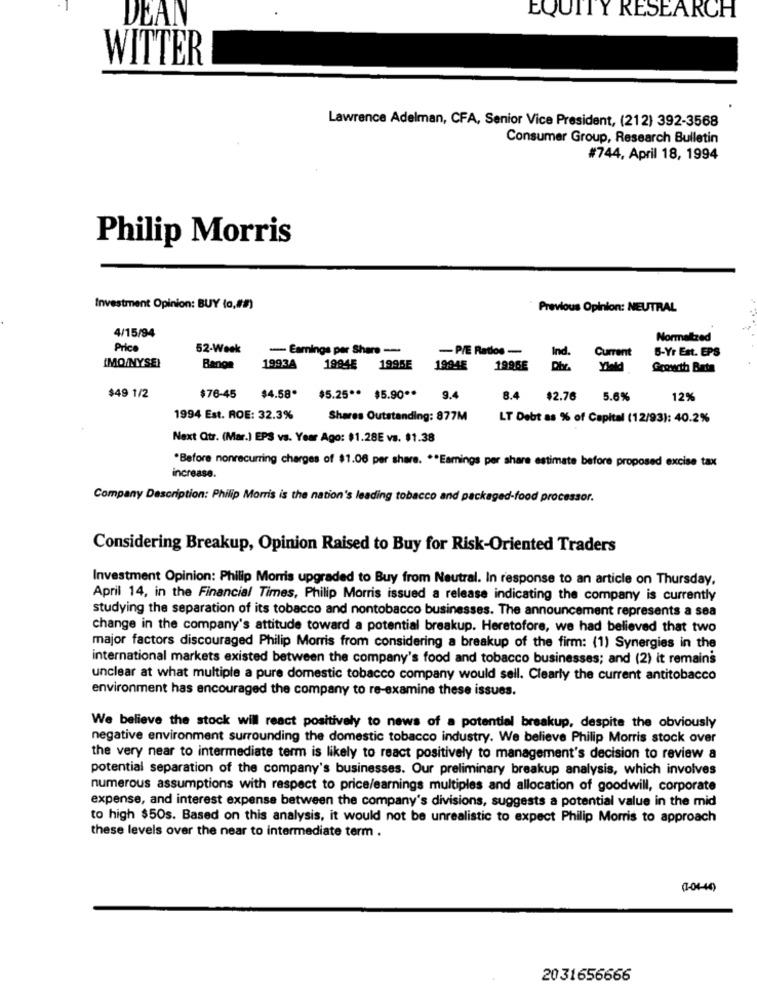
EQUITY RESEARCH
DEAN
WITTER
Lawrence Adelman, CFA, Senior Vice President, (212) 392-3568
Consumer Group, Research Bulletin
#744, April 18, 1994
Philip Morris
Investment Opinion: BUY (o,##)
Previous Opinion: NEUTRAL
4/15/94
Normaltzed
Price
52-Week
- Earnings per Share -
-P/E Ratlos -
Ind.
Current
5-Yr Est. EPS
1993A
(MO/NYSE)
Banon
1994E
1995E
1994E
1995E
u.
Growth Bate
$49 1/2
$76-45
$4.58"
$5.25 ** $5.90 **
9.4
8.4
$2.76
5.6%
12%
1994 Est. ROE: 32.3%
Shares Outstanding: 877M
LT Debt as % of Capital (12/93): 40.2%
Next Qtr. (Mar.) EPS vs. Year Ago: $1.28E vs. $1.38
*Before nonrecurring charges of $1.06 per share. ** Earnings per share estimate before proposed excise tax
increase.
Company Description: Philip Morris is the nation's leading tobacco and packaged-food processor.
Considering Breakup, Opinion Raised to Buy for Risk-Oriented Traders
Investment Opinion: Philip Morris upgraded to Buy from Neutral. In response to an article on Thursday,
April 14, in the Financial Times, Philip Morris issued a release indicating the company is currently
studying the separation of its tobacco and nontobacco businesses. The announcement represents a sea
change in the company's attitude toward a potential breakup. Heretofore, we had believed that two
major factors discouraged Philip Morris from considering a breakup of the firm: (1) Synergies in the
international markets existed between the company's food and tobacco businesses; and (2) it remains
unclear at what multiple a pure domestic tobacco company would sell. Clearly the current antitobacco
environment has encouraged the company to re-examine these issues.
We believe the stock will react positively to news of a potential breakup, despite the obviously
negative environment surrounding the domestic tobacco industry. We believe Philip Morris stock over
the very near to intermediate term is likely to react positively to management's decision to review a
potential separation of the company's businesses. Our preliminary breakup analysis, which involves
numerous assumptions with respect to price/earnings multiples and allocation of goodwill, corporate
expense, and interest expense between the company's divisions, suggests a potential value in the mid
to high $50s. Based on this analysis, it would not be unrealistic to expect Philip Morris to approach
these levels over the near to intermediate term .
(1-04-40)
2031656666